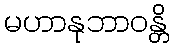
မဟာနုဘာဝန္တိ